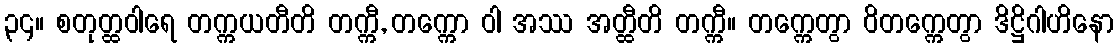
၃၄။ စတုတ္ထဝါရေ တက္ကယတီတိ တက္ကီ, တက္ကော ဝါ အဿ အတ္ထီတိ တက္ကီ။ တက္ကေတွာ ဝိတက္ကေတွာ ဒိဋ္ဌိဂါဟိနော